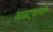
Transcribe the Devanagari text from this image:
बावऱ्याची